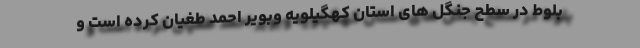
بلوط در سطح جنگل های استان کهگیلویه و‌بویر احمد طغیان کرده است و‌